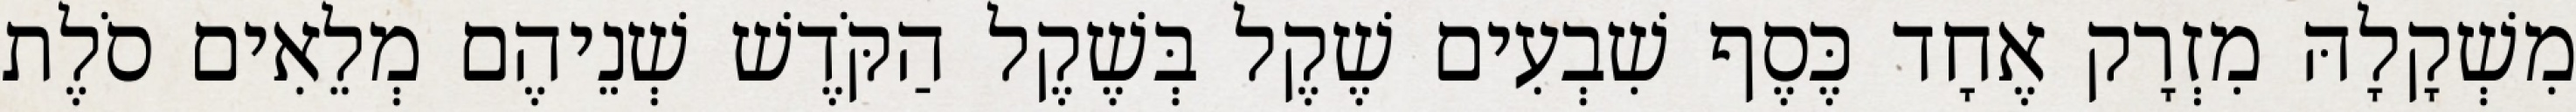
מִשְׁקָלָהּ מִזְרָק אֶחָד כֶּסֶף שִׁבְעִים שֶׁקֶל בְּשֶׁקֶל הַקֹּדֶשׁ שְׁנֵיהֶם מְלֵאִים סֹלֶת